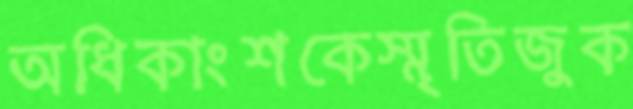
অধিকাংশকেস্মৃতিজুক